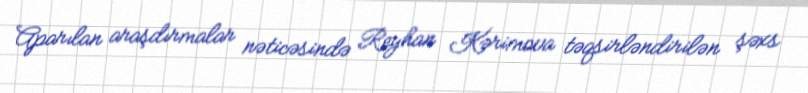
Aparılan araşdırmalar nəticəsində Reyhan Kərimova təqsirləndirilən şəxs